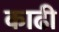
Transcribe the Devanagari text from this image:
काढी